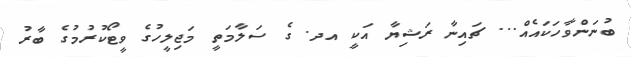
ބުނަންވާހަކައެއް... ޗައިނާ ރަޝިޔާ އަކީ އދ. ގެ ސަލާމަތީ މަޖިލީހުގެ ވީޓޯކުރުމުގެ ބާރު